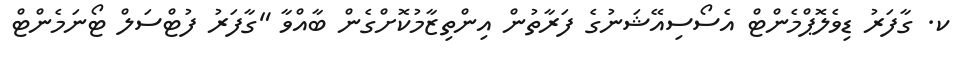
ކ. ގާފަރު ޑިވެލޮޕްމެންޓް އެސޯސިއޭޝަނުގެ ފަރާތުން އިންތިޒާމުކޮށްގެން ބާއްވާ "ގާފަރު ފުޓްސަލް ޓޯނަމެންޓް